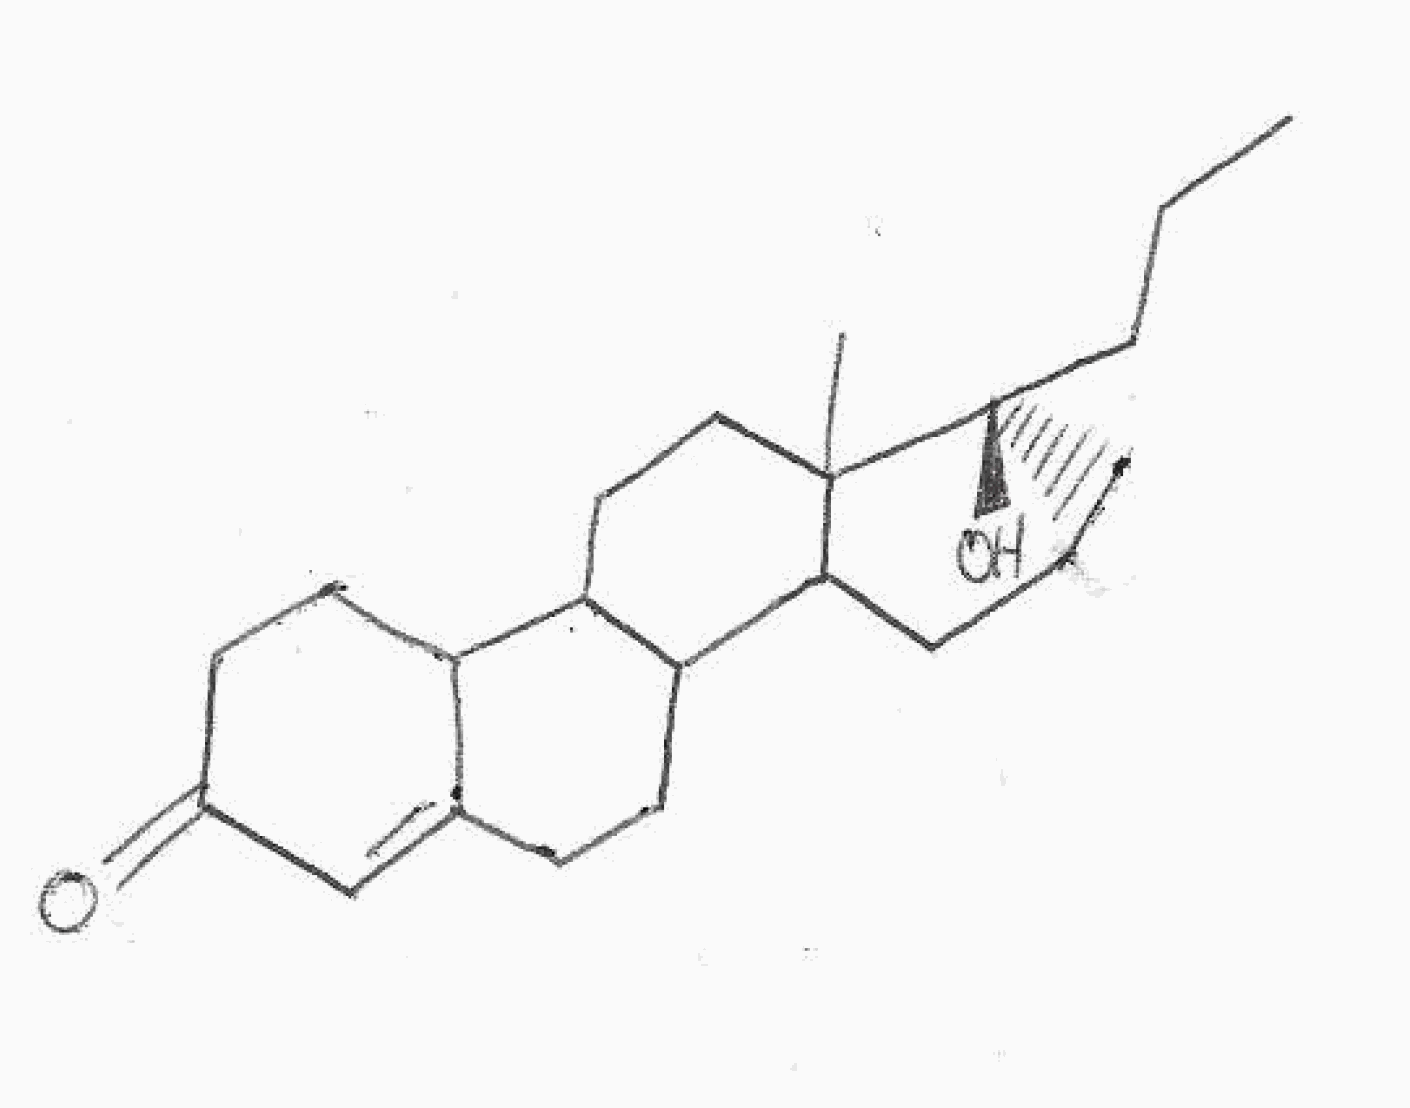
Simplified molecular-input line-entry system (SMILES) notation of the given molecule:
CCC[C@@]1(CCC2C1(CCC3C2CCC4=CC(=O)CCC34)C)O